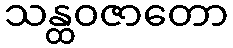
သန္ထဝဇာတော